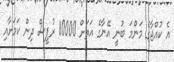
އެ ކުއްޖާގެ މަންމަ ބުނީ އޭނާގެ އަތަށް 10000 ރުޕީސް ދިން ކަމަށާއި